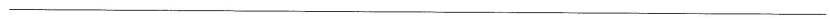
___